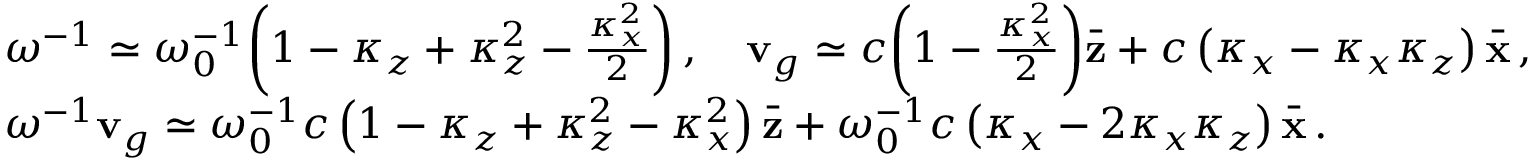
\begin{array} { r l } & { \omega ^ { - 1 } \simeq \omega _ { 0 } ^ { - 1 } \! \left( 1 - \kappa _ { z } + \kappa _ { z } ^ { 2 } - \frac { \kappa _ { x } ^ { 2 } } { 2 } \right) , \quad { \bf v } _ { g } \simeq c \! \left( 1 - \frac { \kappa _ { x } ^ { 2 } } { 2 } \right) \! \bar { \bf z } + c \left( \kappa _ { x } - \kappa _ { x } \kappa _ { z } \right) \bar { \bf x } \, , } \\ & { \omega ^ { - 1 } { \bf v } _ { g } \simeq \omega _ { 0 } ^ { - 1 } c \left( 1 - \kappa _ { z } + \kappa _ { z } ^ { 2 } - { \kappa _ { x } ^ { 2 } } \right) \bar { \bf z } + \omega _ { 0 } ^ { - 1 } c \left( \kappa _ { x } - 2 \kappa _ { x } \kappa _ { z } \right) \bar { \bf x } \, . } \end{array}